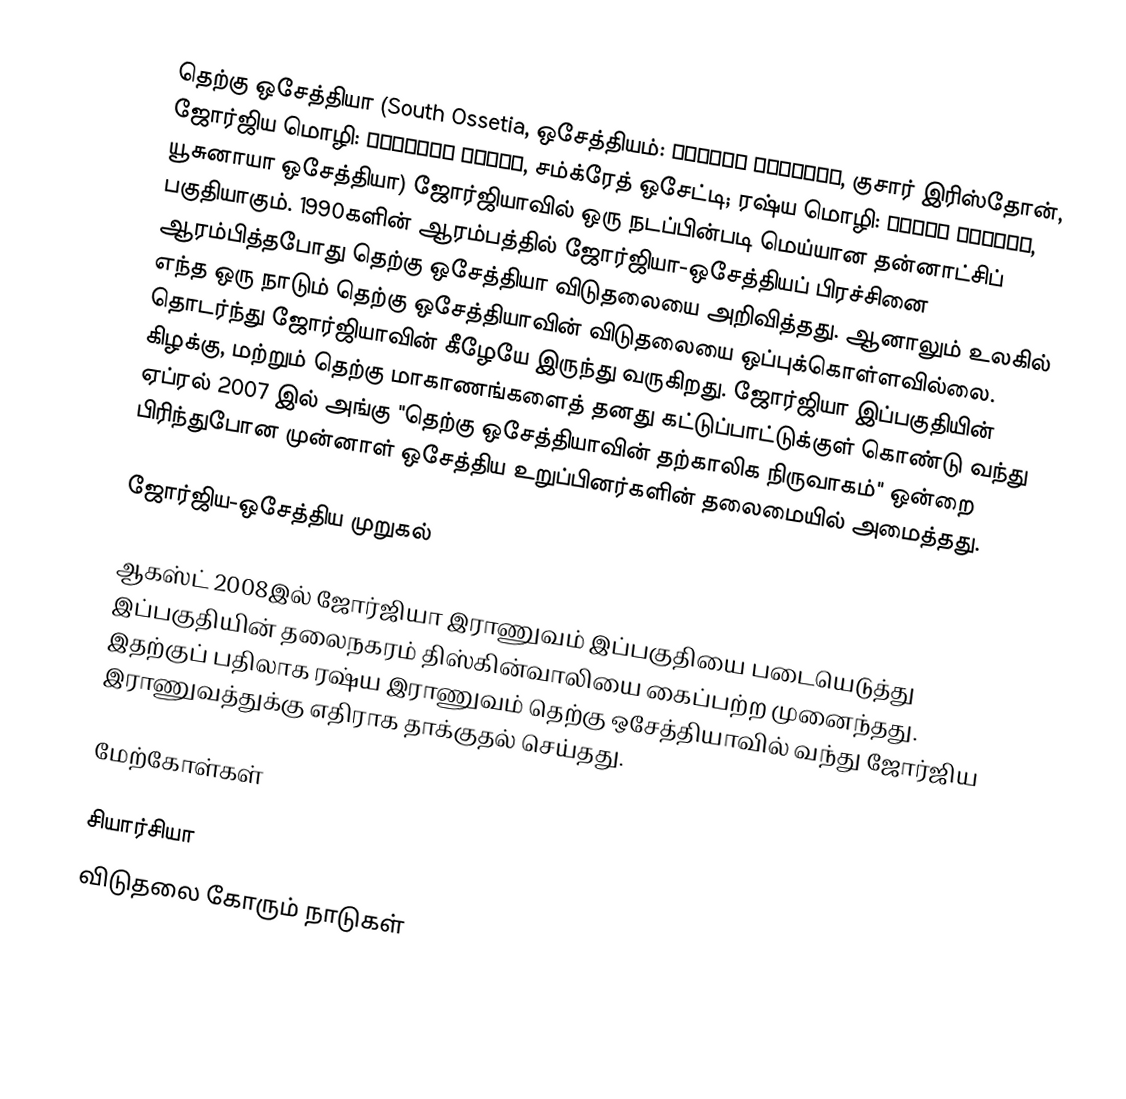
தெற்கு ஒசேத்தியா (South Ossetia, ஒசேத்தியம்: Хуссар Ирыстон, குசார் இரிஸ்தோன், ஜோர்ஜிய மொழி: სამხრეთ ოსეთი, சம்க்ரேத் ஒசேட்டி; ரஷ்ய மொழி: Южная Осетия, யூசுனாயா ஒசேத்தியா) ஜோர்ஜியாவில் ஒரு நடப்பின்படி மெய்யான தன்னாட்சிப் பகுதியாகும். 1990களின் ஆரம்பத்தில் ஜோர்ஜியா-ஒசேத்தியப் பிரச்சினை ஆரம்பித்தபோது தெற்கு ஒசேத்தியா விடுதலையை அறிவித்தது. ஆனாலும் உலகில் எந்த ஒரு நாடும் தெற்கு ஒசேத்தியாவின் விடுதலையை ஒப்புக்கொள்ளவில்லை. தொடர்ந்து ஜோர்ஜியாவின் கீழேயே இருந்து வருகிறது. ஜோர்ஜியா இப்பகுதியின் கிழக்கு, மற்றும் தெற்கு மாகாணங்களைத் தனது கட்டுப்பாட்டுக்குள் கொண்டு வந்து ஏப்ரல் 2007 இல் அங்கு "தெற்கு ஒசேத்தியாவின் தற்காலிக நிருவாகம்" ஒன்றை பிரிந்துபோன முன்னாள் ஒசேத்திய உறுப்பினர்களின் தலைமையில் அமைத்தது.

ஜோர்ஜிய-ஒசேத்திய முறுகல்

ஆகஸ்ட் 2008இல் ஜோர்ஜியா இராணுவம் இப்பகுதியை படையெடுத்து இப்பகுதியின் தலைநகரம் திஸ்கின்வாலியை கைப்பற்ற முனைந்தது. இதற்குப் பதிலாக ரஷ்ய இராணுவம் தெற்கு ஒசேத்தியாவில் வந்து ஜோர்ஜிய இராணுவத்துக்கு எதிராக தாக்குதல் செய்தது.

மேற்கோள்கள்

சியார்சியா
விடுதலை கோரும் நாடுகள்